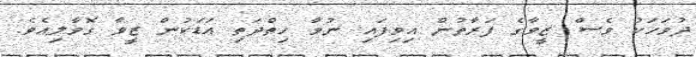
ދުވަހަކު ވެސް ޒީވާގެ ފަރާތުން އިވިފައި ނުވާ ހިތްދަތި އަޑަކުން ޒީވާ ގޮވާލިއެވެ.